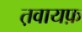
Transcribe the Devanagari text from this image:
त़वायफ़